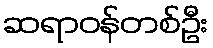
ဆရာဝန်တစ်ဦး